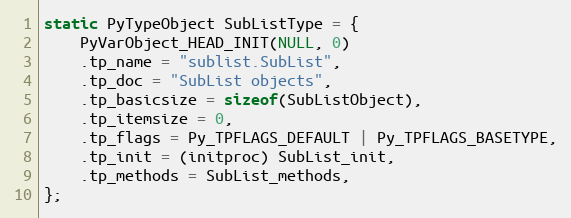
Language: C
static PyTypeObject SubListType = {
    PyVarObject_HEAD_INIT(NULL, 0)
    .tp_name = "sublist.SubList",
    .tp_doc = "SubList objects",
    .tp_basicsize = sizeof(SubListObject),
    .tp_itemsize = 0,
    .tp_flags = Py_TPFLAGS_DEFAULT | Py_TPFLAGS_BASETYPE,
    .tp_init = (initproc) SubList_init,
    .tp_methods = SubList_methods,
};